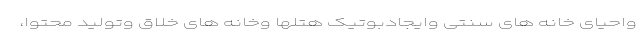
واحیای خانه های سنتی وایجادبوتیک هتلها وخانه های خلاق وتولید محتوا،